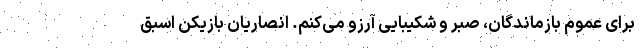
برای عموم بازماندگان، صبر و شکیبایی آرزو می‌کنم. انصاریان بازیکن اسبق